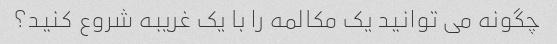
چگونه می توانید یک مکالمه را با یک غریبه شروع کنید؟